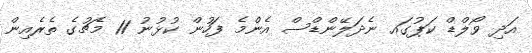
އަދި ވޯލްޑް ކަޕުގައ ނެދަލޭންޑްސް އެންމެ ފަހުން ކުޅުނު 11 މެޗުގެ ތެރެއިން